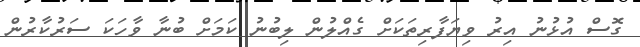
ގޮސް އުޅުނު އިރު ވިޔަފާރިތަކަށް ގެއްލުން ލިބުނު ކަމަށް ބުނާ ވާހަކަ ސަރުކާރުން